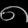
Digit: ၈